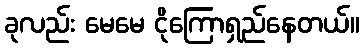
ခုလည်း မေမေ ငိုကြောရှည်နေတယ်။